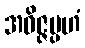
အဝိဇ္ဇမ္ပဟံ